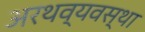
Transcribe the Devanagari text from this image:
अरथव्यवस्था